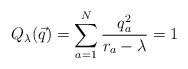
\begin{align*}Q_\lambda(\vec{q})=\sum_{a=1}^N \frac{q_a^2}{r_a-\lambda}=1\end{align*}